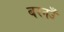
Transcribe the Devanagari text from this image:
बरनउँ